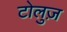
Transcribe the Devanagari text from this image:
टोलुज़